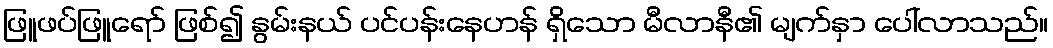
ဖြူဖပ်ဖြူရော် ဖြစ်၍ နွမ်းနယ် ပင်ပန်းနေဟန် ရှိသော မီလာနီ၏ မျက်နှာ ပေါ်လာသည်။